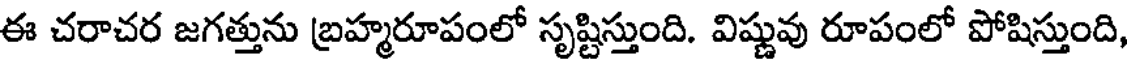
ఈ చరాచర జగత్తును బ్రహ్మరూపంలో సృష్టిస్తుంది. విష్ణువు రూపంలో పోషిస్తుంది,